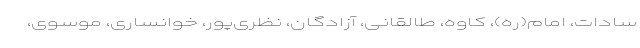
سادات، امام(ره)، کاوه، طالقانی، آزادگان، نظری‌پور، خوانساری، موسوی،